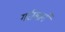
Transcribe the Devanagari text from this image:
गरीबानें